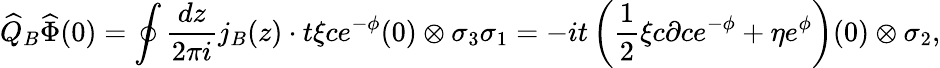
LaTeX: \widehat{Q}_{B}\widehat{\Phi}(0)=\oint\frac{dz}{2\pi i}j_{B}(z)\cdot t\xi ce^{-\phi}(0)\otimes\sigma_{3}\sigma_{1}=-it\left(\frac{1}{2}\xi c\partial ce^{-\phi}+\eta e^{\phi}\right)(0)\otimes\sigma_{2},